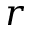
r